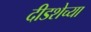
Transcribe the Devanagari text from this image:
दीडशेच्या